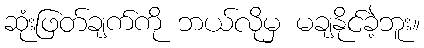
ဆုံးဖြတ်ချက်ကို ဘယ်လိုမှ မချနိုင်ခဲ့ဘူး။